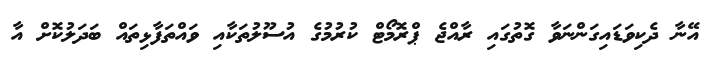
އޭނާ ދެކިވަޑައިގަންނަވާ ގޮތުގައި ރާއްޖެ ޕްރޮމޯޓް ކުރުމުގެ އުސޫލުތަކާއި ވައްތަފާޅިތައް ބަދަލުކޮށް އާ